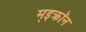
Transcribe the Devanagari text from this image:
म्इक्रॉन